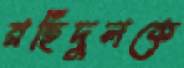
রহিদুলকে